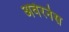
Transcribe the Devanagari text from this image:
अवेरनेस